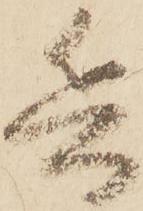
兵